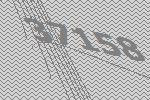
37158